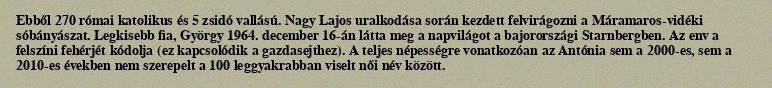
Ebből 270 római katolikus és 5 zsidó vallású. Nagy Lajos uralkodása során kezdett felvirágozni a Máramaros-vidéki sóbányászat. Legkisebb fia, György 1964. december 16-án látta meg a napvilágot a bajorországi Starnbergben. Az env a felszíni fehérjét kódolja (ez kapcsolódik a gazdasejthez). A teljes népességre vonatkozóan az Antónia sem a 2000-es, sem a 2010-es években nem szerepelt a 100 leggyakrabban viselt női név között.